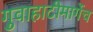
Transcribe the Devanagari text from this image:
गुवाहाटीमार्गेच